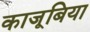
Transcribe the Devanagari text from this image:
काजूबिया